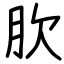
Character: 肷